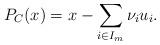
LaTeX: \begin{align*}P_C(x)=x-\sum_{i \in I_m} {\nu}_i u_i.\end{align*}